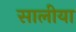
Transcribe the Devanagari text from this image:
सालीया